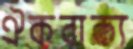
ঐকবাক্য